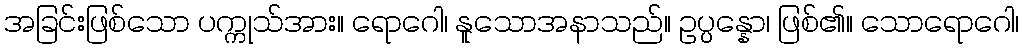
အခြင်းဖြစ်သော ပက္ကုသ်အား။ ရောဂေါ၊ နူသောအနာသည်။ ဥပ္ပန္နော၊ ဖြစ်၏။ သောရောဂေါ၊